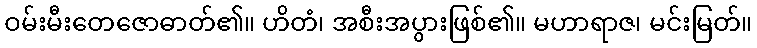
ဝမ်းမီးတေဇောဓာတ်၏။ ဟိတံ၊ အစီးအပွားဖြစ်၏။ မဟာရာဇ၊ မင်းမြတ်။